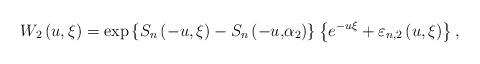
LaTeX: \begin{align*}W_{2}\left( {u,\xi }\right) =\exp \left\{ {S_{n}\left( -{u,\xi }\right)-S_{n}\left( -{u,}\alpha _{2}\right) }\right\} \left\{ {e^{-u\xi}+\varepsilon _{n,2}\left( {u,\xi }\right) }\right\} , \end{align*}